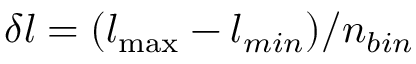
\delta l = ( l _ { \operatorname* { m a x } } - l _ { m i n } ) / n _ { b i n }